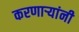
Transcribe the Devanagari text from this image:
करणार्‍यांनी